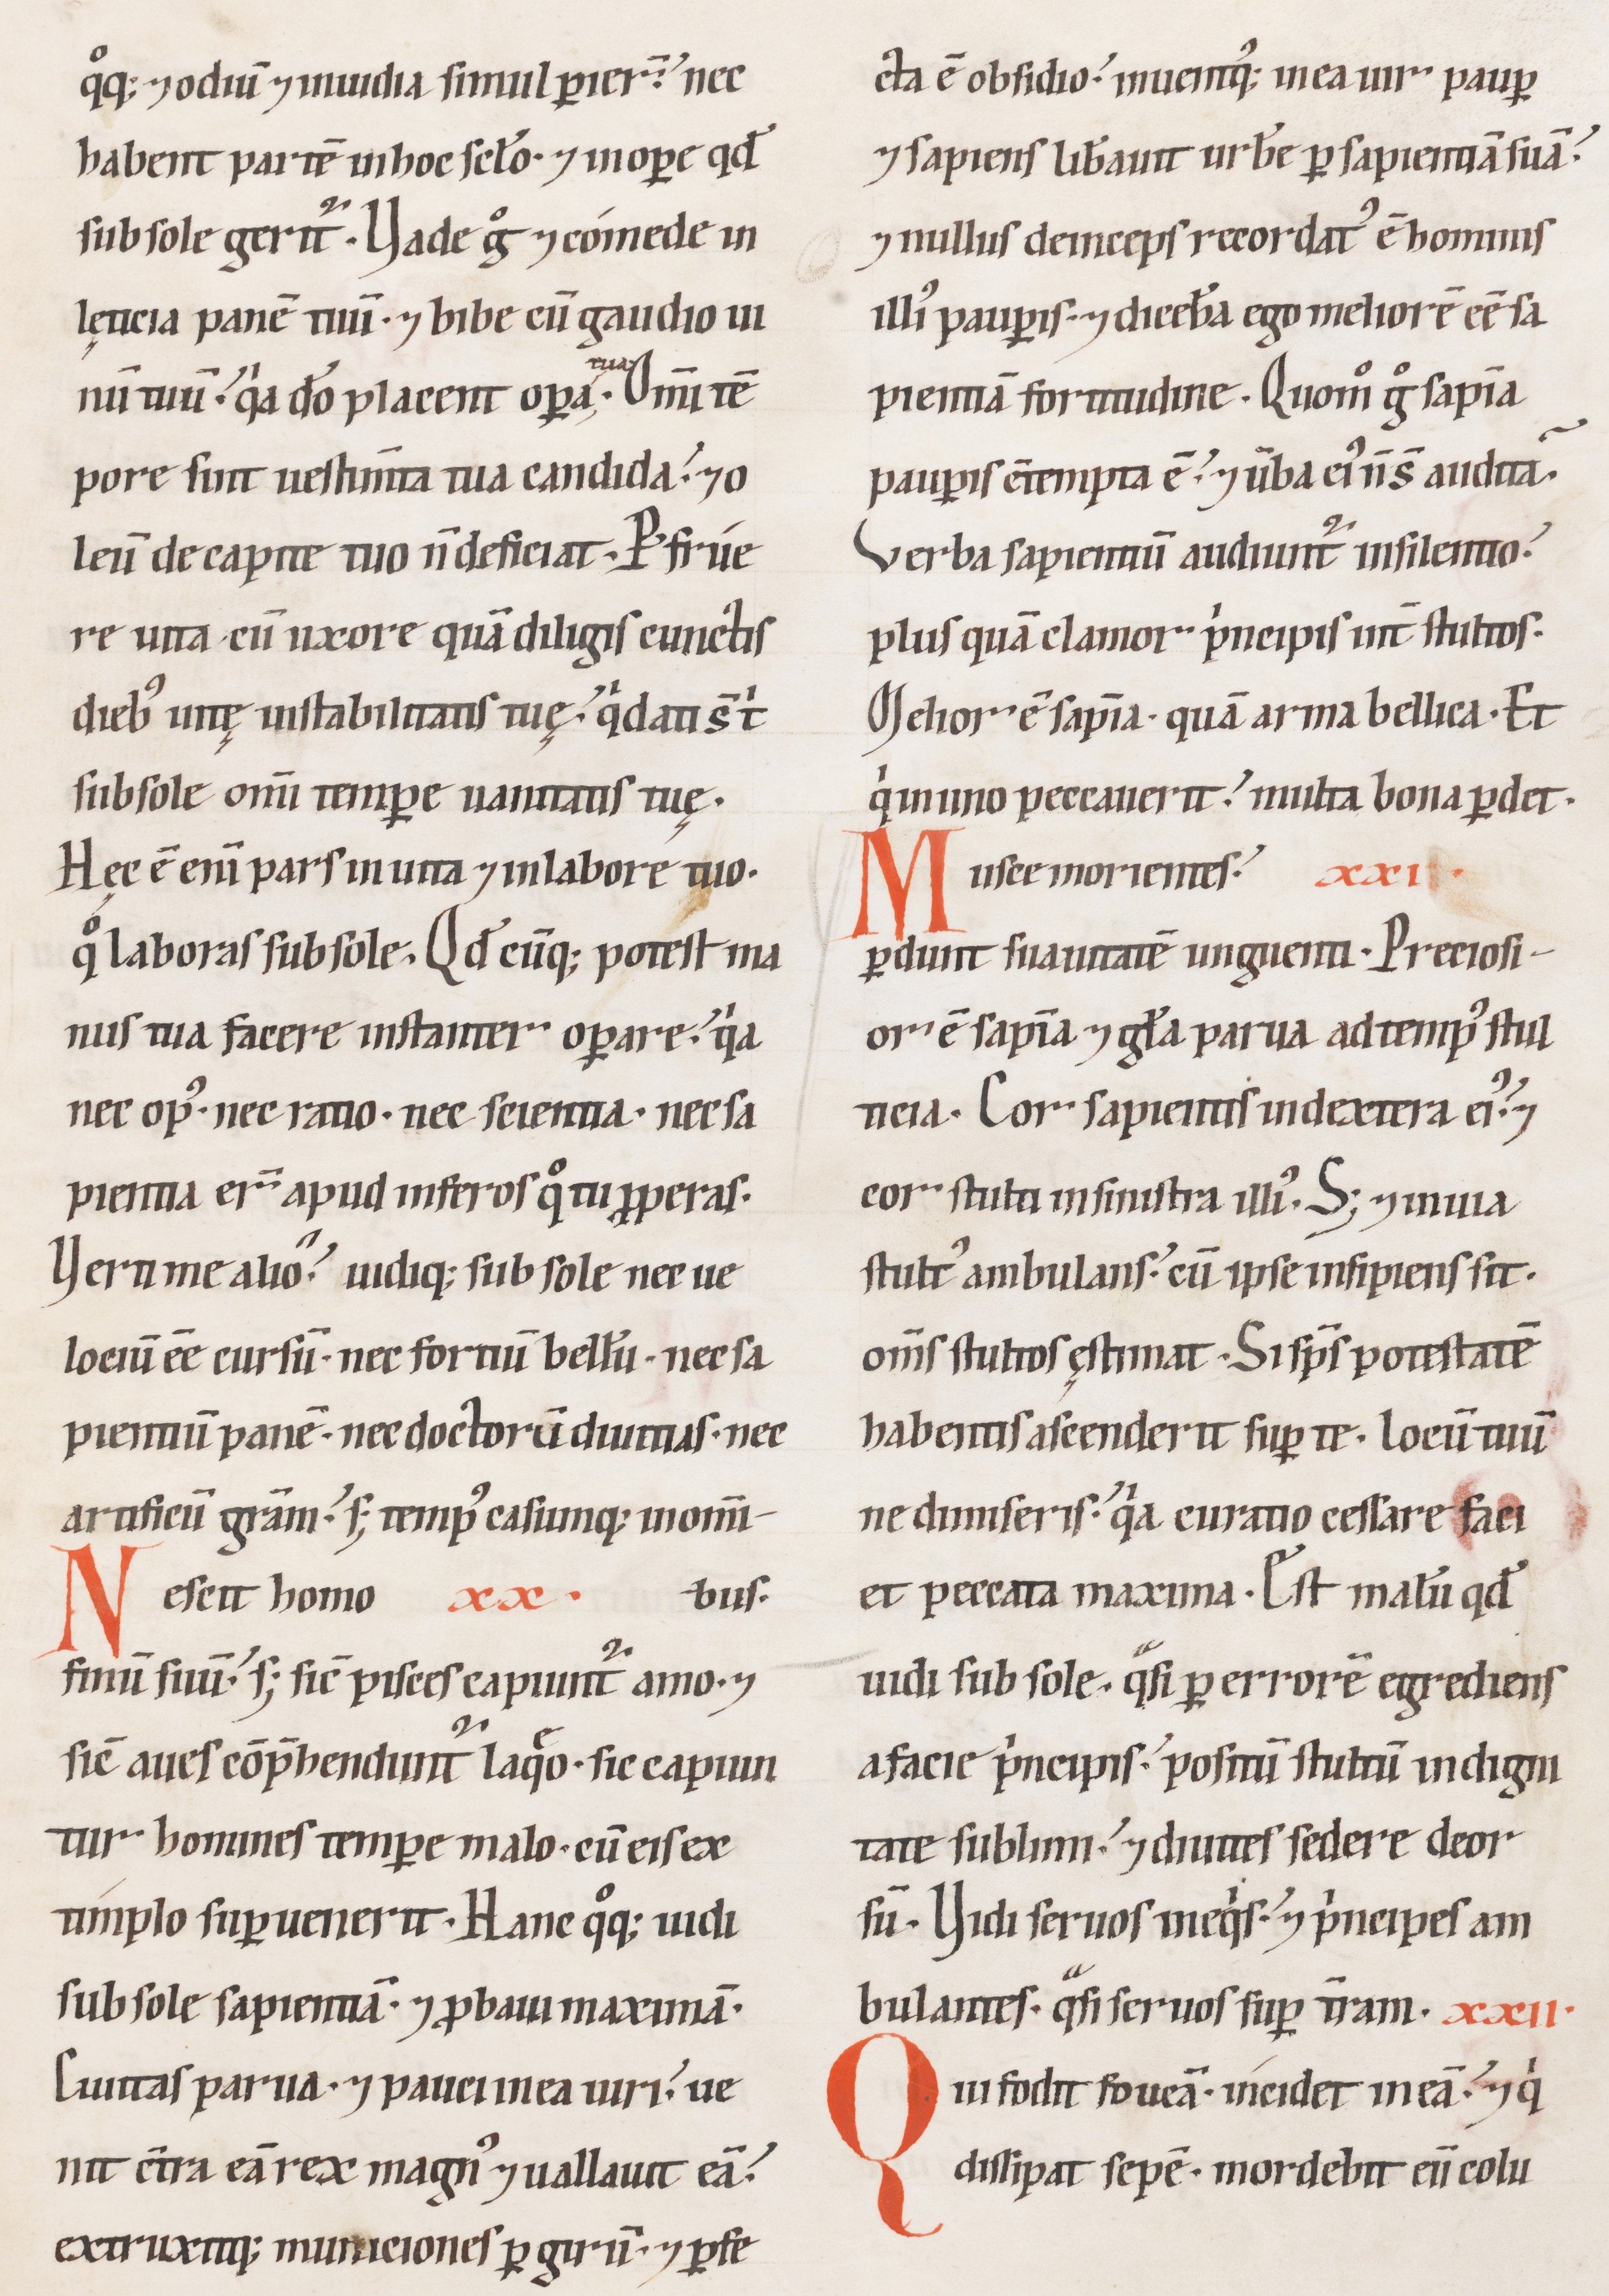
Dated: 1100–1199